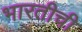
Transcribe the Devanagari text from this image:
भारतीची